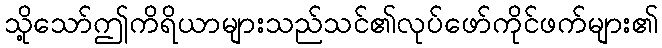
သို့သော်ဤကိရိယာများသည်သင်၏လုပ်ဖော်ကိုင်ဖက်များ၏